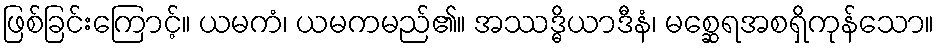
ဖြစ်ခြင်းကြောင့်။ ယမကံ၊ ယမကမည်၏။ အဿဒ္ဓိယာဒီနံ၊ မစ္ဆေရအစရှိကုန်သော။